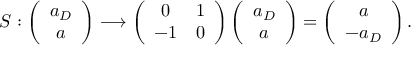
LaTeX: S : \left( \begin{array} { c } { { a _ { D } } } \\ { { a } } \end{array} \right) \longrightarrow \left( \begin{array} { c c } { { 0 } } & { { 1 } } \\ { { - 1 } } & { { 0 } } \end{array} \right) \left( \begin{array} { c } { { a _ { D } } } \\ { { a } } \end{array} \right) = \left( \begin{array} { c } { { a } } \\ { { - a _ { D } } } \end{array} \right) .